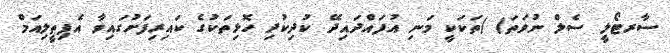
ސާރޓޯލީ ސެލް ނުވަތަ( )ތަކަކީ މަނި އުފައްދައިދޭ ކުދިކުދި ހޮޅިތަކުގެ ކައިރިފަށުގައިވާ އެޕިތީލިއަމް